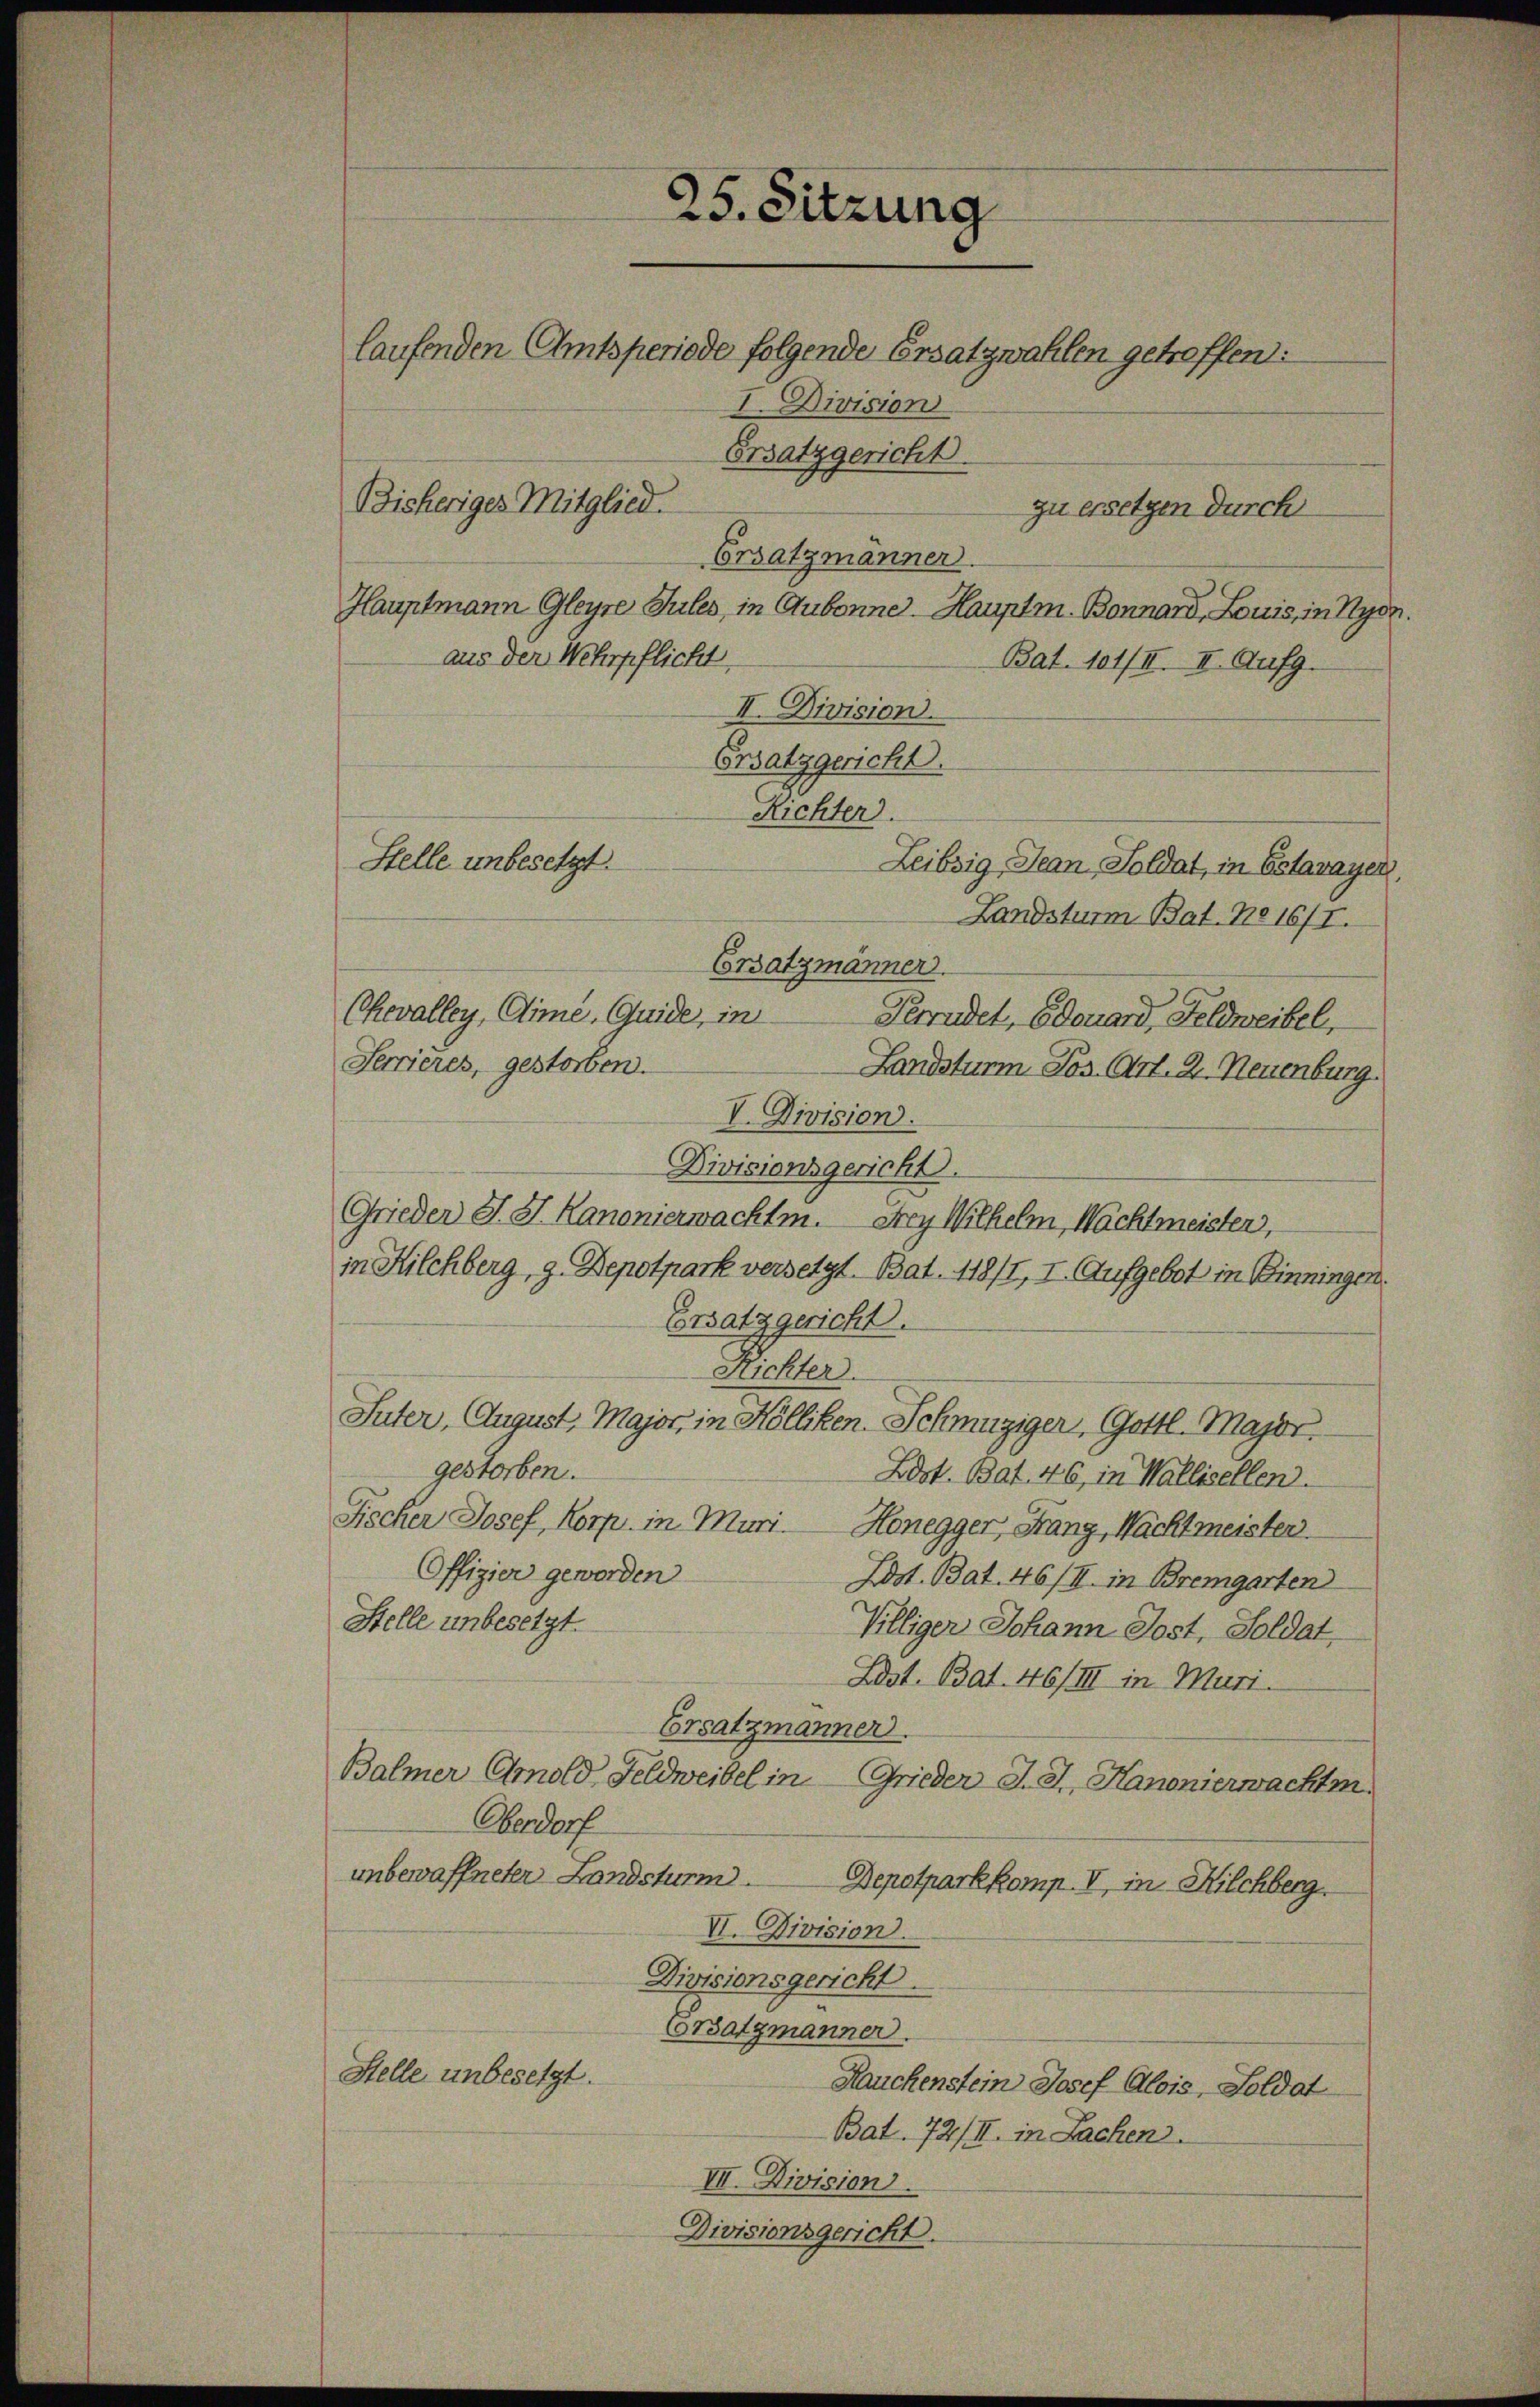
Hauptmann Gleyre Sules, in Gubonne - Hauptm. Bonnard Louis, in Hydr
aus der Wehrpflicht,
Bat. 101/II. II. Aufg.
Landstumm Bat. No 16/I.
Chevalley, Cime. Quide, in
Perredet, Edouard Feldweibel,
Serrieres, gestorben.
Landsturm Jos. Art. 21. Neuenburg.
I. Division.
Divisionsgericht.
Grieder J. St. Kanonierwachtm. Frey Wilhelm, Wachtmeister,
in Kilchberg, g. Depotpark versetzt. Bat. 118/I, I. Aufgebot in Binningen.
Ersatz gericht.
Richter.
Suter, August, Major, in Hölliken- Schmuziger, Gottl. Major.
gestorben.
Bdst. Bat. 46, in Wallisellen.
Fischer Josef, Korp. in Muri Honegger, Fang, Nachtmeister.
Offizier geworden
Dost. Bat. 46/II. in Bremgarten
Stelle unbesetzt.
Villiger Johann Jost, Soldat,
Zdst. Bat. 46/III in Muri
Ersatzmanner
Balmer Gmold Feldweibel in Grieder J. J. Hanonierwachtm
Oberdorf
unbewaffneter Landsturm. Depotparkkomp. II, in Kilchberg.
VI. Division.
Divisionsgericht.
Ersatzmanner.
Stelle unbesetzt.
Rauchenstein Josef Alois, Soldat
Bat. 72/II. in Sachen.
III. Division
Divisionsgericht.

25. Sitzung
laufenden Amtsperiode folgende Ersatzwahlen getroffend:
I. Division
Ersatzgericht.
Bisheriges Mitglied.
zu ersetzen durch
Ersatzmänner.

II. Division.
Ersatzgericht.
Richter).
Stelle unbesetzt.
Leibsig Jean, Soldat, in Estavayer
Ersatzmänner